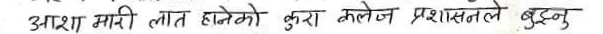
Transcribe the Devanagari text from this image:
आशा मारी नात हानेको कुरा कलेज प्रशासनले बुझ्नु